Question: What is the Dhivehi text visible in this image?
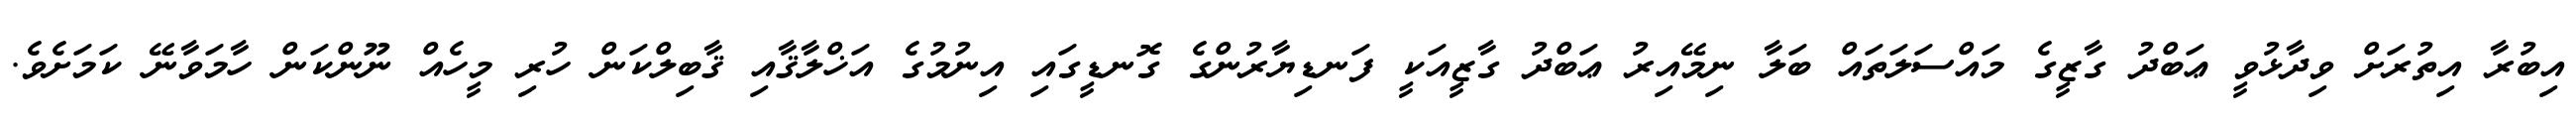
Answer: އިބުރާ އިތުރަށް ވިދާޅުވީ ޢަބްދު ގާޒީގެ މައްސަލަތައް ބަލާ ނިމޭއިރު ޢަބްދު ގާޒީއަކީ ފަނޑިޔާރުންގެ ގޮނޑީގައި އިނުމުގެ އަޚްލާޤާއި ޤާބިލްކަން ހުރި މީހެއް ނޫންކަން ހާމަވާނޭ ކަމަށެވެ.